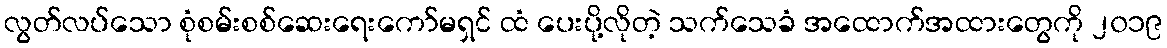
လွတ်လပ်သော စုံစမ်းစစ်ဆေးရေးကော်မရှင် ထံ ပေးပို့လိုတဲ့ သက်သေခံ အထောက်အထားတွေကို ၂၀၁၉